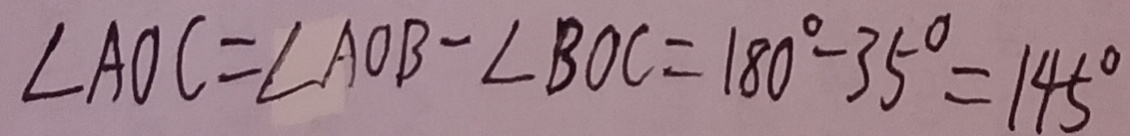
\angle A O C = \angle A O B - \angle B O C = 1 8 0 ^ { \circ } - 3 5 ^ { \circ } = 1 4 5 ^ { \circ }